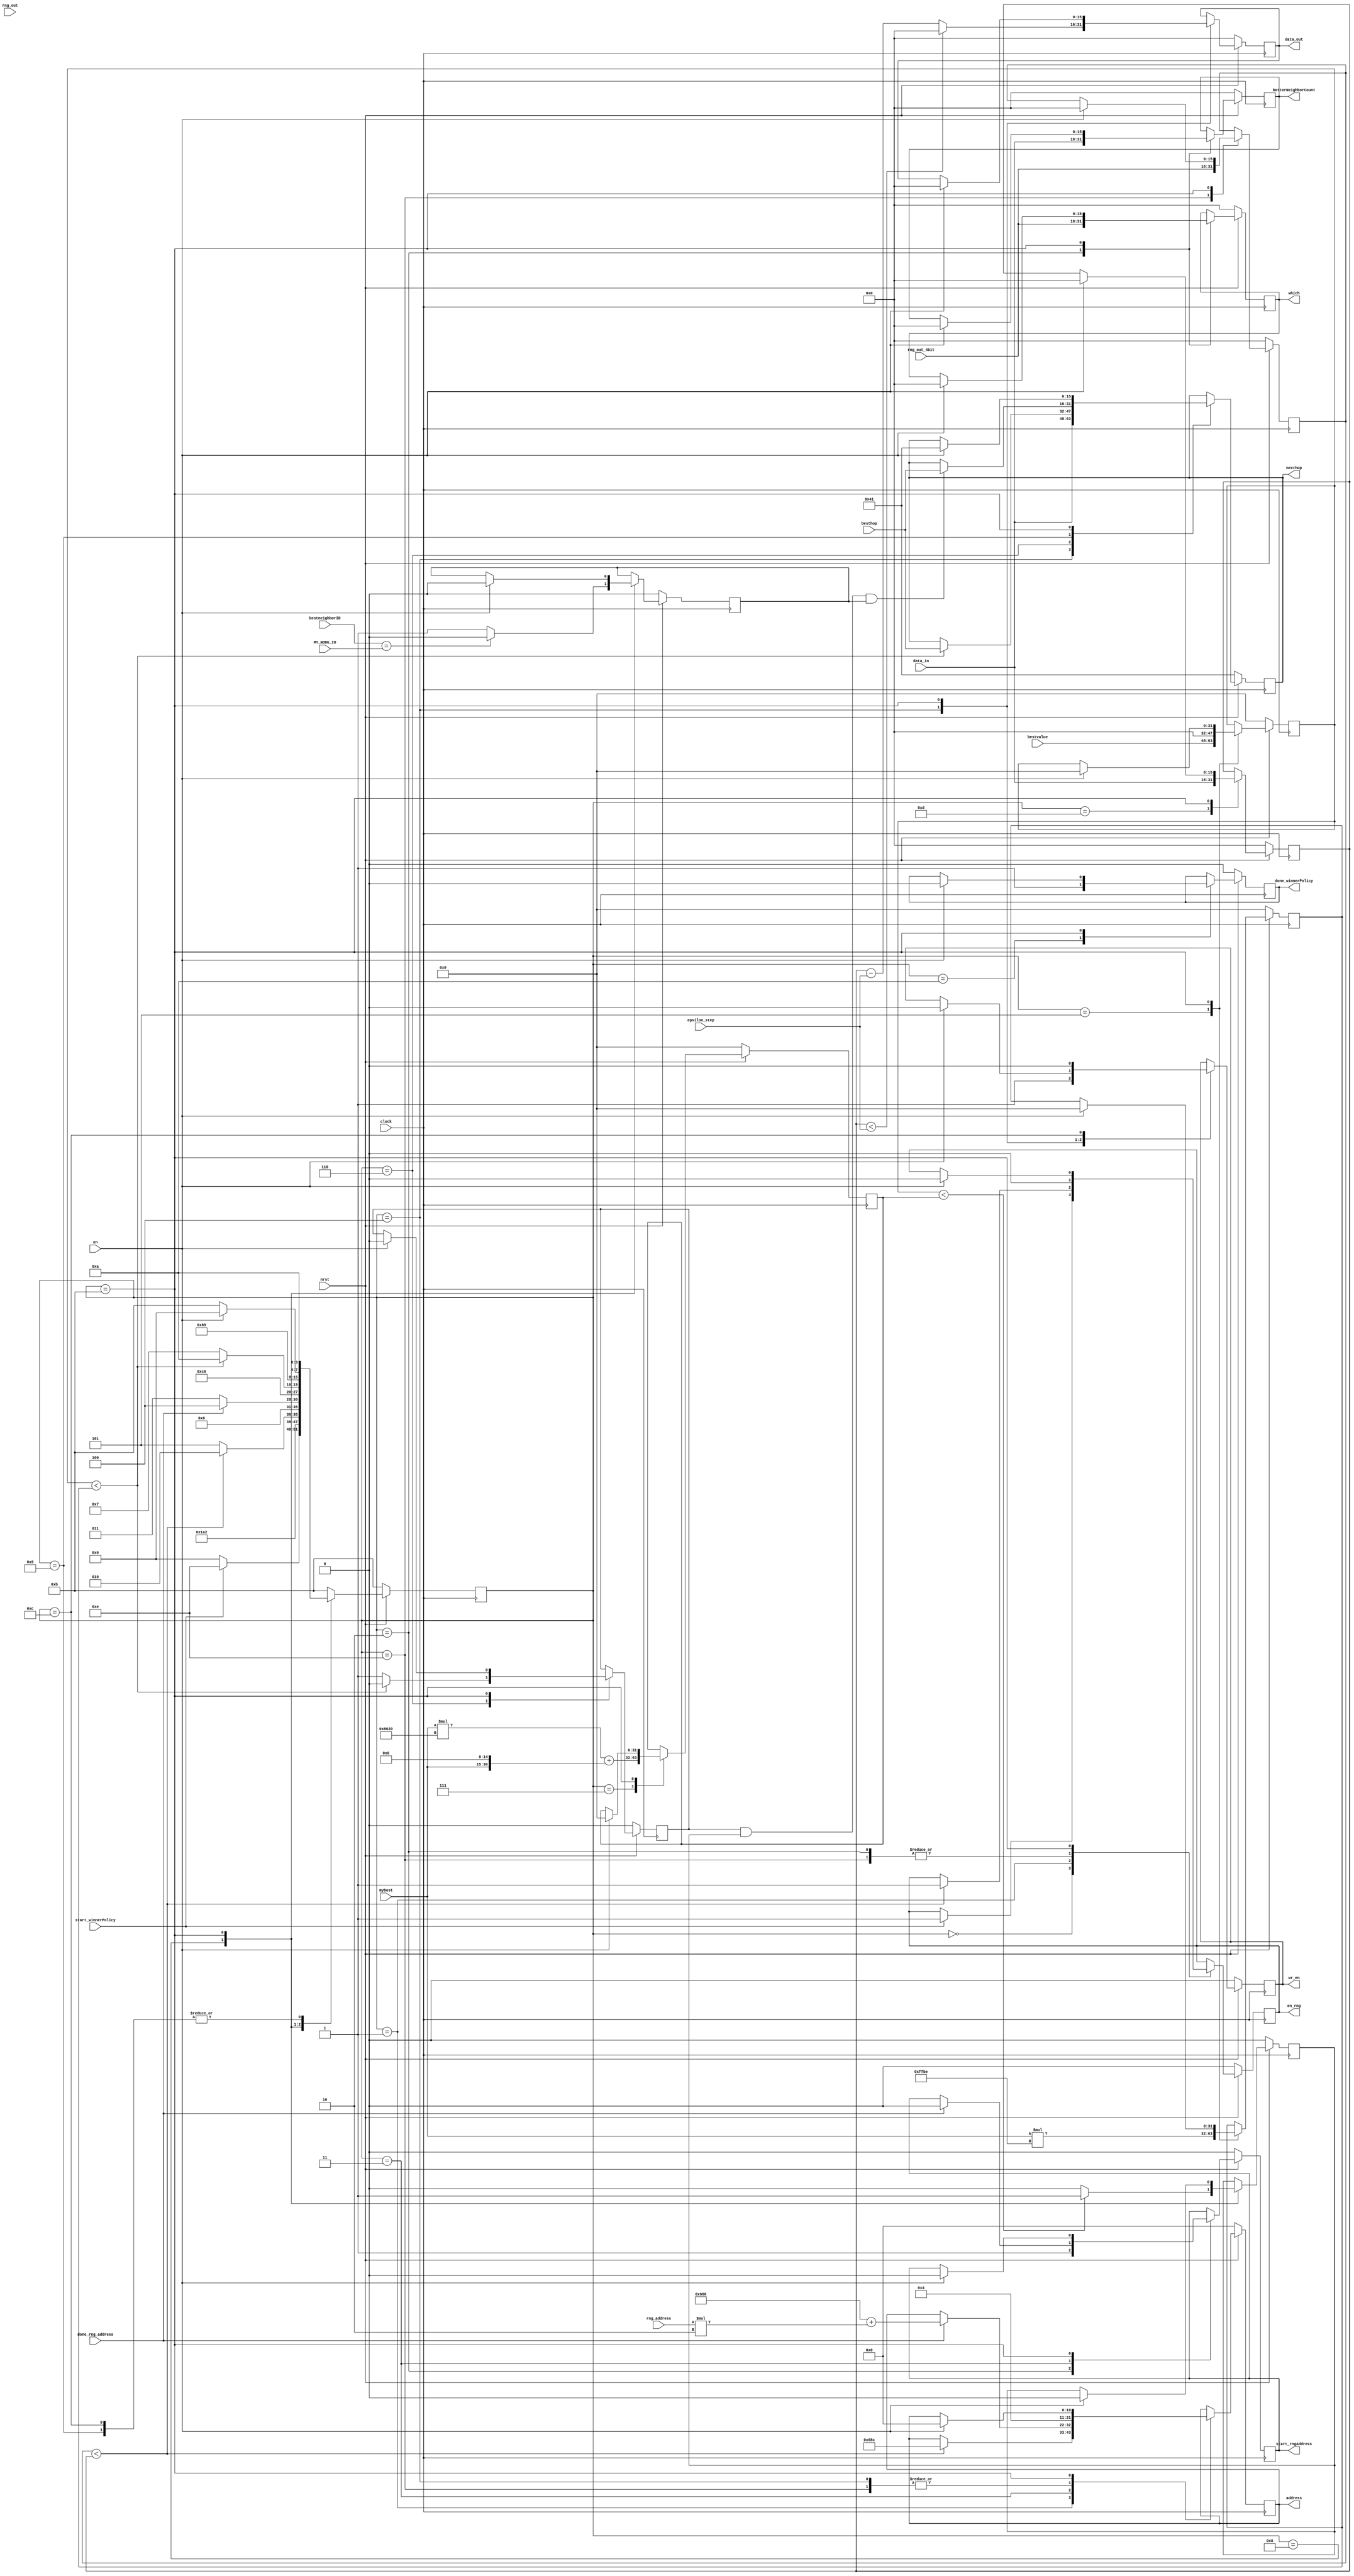
`timescale 1ns/1ps
`define WORD_WIDTH 16

module winnerPolicy(
	clock, 
	nrst, 
	en,
	start_winnerPolicy,
	mybest,
	besthop,
	bestvalue,
	bestneighborID,
	MY_NODE_ID,
	address,
	data_in,
	wr_en,
	data_out,
	epsilon_step,
	nexthop,
	done_winnerPolicy,
	en_rng,
	rng_out,
	rng_out_4bit,
	rng_address,
	start_rngAddress,
	done_rng_address,
	betterNeighborCount,
	which
);

	input clock, nrst, en, start_winnerPolicy, done_rng_address;
	input [`WORD_WIDTH-1:0] mybest, besthop, bestvalue, bestneighborID, MY_NODE_ID, data_in, epsilon_step, rng_out, rng_out_4bit, rng_address;
	output [10:0] address;
	output [`WORD_WIDTH-1:0] data_out, nexthop, betterNeighborCount, which;
	output wr_en, done_winnerPolicy, en_rng, start_rngAddress;

	// Registers
	reg [10:0] address_count;
	reg [`WORD_WIDTH-1:0] explore_constant, which_buf, epsilon_buf, nexthop_buf, data_out_buf; 
	reg [`WORD_WIDTH-1:0] betterNeighborCount_buf, rng_address_temp;
	reg wr_en_buf, done_winnerPolicy_buf, en_rng_buf, start_rngAddress_buf;
	reg one, two, three;
	//reg [15:0] nineninenine, onezerozeroone;
	reg [31:0] _right3, _right2, _left, _right;
	reg [31:0] mybest_shifted;

	reg [3:0] state;
	always @ (posedge clock) begin
		if (!nrst) begin
			state <= 11;	// Idle State
			wr_en_buf <= 0;
			en_rng_buf <= 0;
			done_winnerPolicy_buf <= 0;
			nexthop_buf <= 16'd65;     // 65 = -1 for the lack of representation on negative numbers
			start_rngAddress_buf <= 0;
			//nineninenine <= 16'b1111111110111110;   	// 0.999 in binary fraction ~ 0.998992919921875 0.16
			//onezerozeroone <= 16'b1000000000100000;    	// 0.001 in binary fraction ~ 0.001007080078125	1.15
			address_count <= 10'd0;
			betterNeighborCount_buf <= 16'd0;
			which_buf <= 0;
			explore_constant <= 16'd0;
			epsilon_buf <= 16'd0;
			data_out_buf <= 16'd0;
			rng_address_temp = 16'd0;
			one <= 0;
			two <= 0;
			three <= 0;
			_right3 = 32'd0;
			_right2 = 32'd0;
			_left = 32'd0;
			_right = 32'd0;
			mybest_shifted = 32'd0; 
		end
		else begin
			case (state)
				5'd0: begin
					if (start_winnerPolicy) begin
						state <= 14;
						en_rng_buf <= 1; // Generate RNG (explore_constant)
					end
					else state <= 0;
				end
				5'd14: begin
					explore_constant <= rng_out_4bit;
					en_rng_buf <= 0;
					address_count <= 11'h4; // epsilon address
					state <= 13;
				end
				5'd13: begin
					epsilon_buf <= data_in;
					state <= 1;
				end
				5'd1: begin
					if (explore_constant < epsilon_buf) begin
						state <= 2;
						en_rng_buf <= 1; // Generate RNG (which)
						address_count <= 11'h68C; // betterNeighborCount Address
					end
					else begin
						// nexthop is less than 0, or explore_constant is less than epsilon
						// Pick the best instead of exploring
						state <= 5;
					end
				end
				5'd2: begin
					en_rng_buf <= 0;
					which_buf <= rng_out_4bit;
					betterNeighborCount_buf <= data_in;
					
					// Compute for the address of betterNeighbor
					start_rngAddress_buf <= 1;
					state <= 3;
				end
				5'd3: begin
					if (done_rng_address) begin
						state <= 4;
						start_rngAddress_buf <= 0;
						rng_address_temp = rng_address;

						// address and index of betterNeighbor
						address_count <= 11'h668 + rng_address_temp*2;
					end
					else 
						state <= 3;
				end
				5'd4: begin
					nexthop_buf <= data_in;
					if (epsilon_buf < epsilon_step)
						data_out_buf <= 0;
					else
						data_out_buf <= epsilon_buf - epsilon_step;
					
					// Write epsilon value to memory
					$display("epsilon: %d", data_out_buf);
					address_count <= 11'h4;
					wr_en_buf <= 1;
					state <= 12;
				end
				5'd5: begin            
					/*
					 *  [15:0] bestvalue   - 11 bits whole, 5 bits fraction
					 *  [15:0] mybest      - 11 bits whole, 5 bits fraction
					 *  [15:0] nineninenine  - 16 bits fraction      16'b1111111110111110
					 *  _left, _right = 11 bits whole, 21 bits fraction
					 */
					_left = {bestvalue, 16'b0};
					_right = mybest * 16'b1111111110111110;
					state <= 6;
				end
				5'd6: begin
					// Malayong mas malaki ang mybest kaysa bestvalue 
					if (_left < _right) begin
						one <= 0;
						nexthop_buf <= besthop;

						// Done winnerPolicy
						state <= 10;
					end
					else begin
						one <= 1;
						state <= 7;
					end
				end
				5'd7: begin
					/*
					 *  [15:0] bestvalue   - 11 bits whole, 5 bits fraction
					 *  [15:0] mybest      - 11 bits whole, 5 bits fraction
					 *  [15:0] onezerozeroone - 1 bit whole, 15 bits fraction  16'b1000000000100000
					 *  _left, _right2 = 12 bits whole, 20 bits fraction
					 */
					_right2 = mybest * 16'b1000000000100000; // 12 bits whole, 20 bits fraction 
					mybest_shifted = {mybest, 15'b0};
					_right3 = _right2 + mybest_shifted;
					state <= 8;
				end
				5'd8: begin
					if (_left < _right3) 
						two <= 1;
					else
						two <= 0;

					if (bestneighborID == MY_NODE_ID)
						three <= 0;
					else
						three <= 1;

					state <= 9;
				end
				5'd9: begin
					if (one & two & three)
						nexthop_buf <= besthop;
					
					state <= 10;
				end
				5'd10: begin
					$display("nexthop, one, two, three: %d,%d,%d,%d", nexthop_buf, one, two, three);
					done_winnerPolicy_buf <= 1;
					state <= 11;
				end
				5'd11: begin
					if (en) begin
						state <= 0;	// Idle State
						wr_en_buf <= 0;
						en_rng_buf <= 0;
						done_winnerPolicy_buf <= 0;
						nexthop_buf <= 16'd65;     // 65 = -1 for the lack of representation on negative numbers
						start_rngAddress_buf <= 0;
						//nineninenine <= 16'b1111111110111110;   	// 0.999 in binary fraction ~ 0.998992919921875 0.16
						//onezerozeroone <= 16'b1000000000100000;    	// 0.001 in binary fraction ~ 0.001007080078125	1.15
						address_count <= 10'd0;
						betterNeighborCount_buf <= 16'd0;
						which_buf <= 0;
						explore_constant <= 16'd0;
						epsilon_buf <= 16'd0;
						data_out_buf <= 16'd0;
						rng_address_temp = 16'd0;
						one <= 0;
						two <= 0;
						three <= 0;
						_right3 = 32'd0;
						_right2 = 32'd0;
						_left = 32'd0;
						_right = 32'd0;
						mybest_shifted = 32'd0;
					end
					else state <= 11;
				end
				5'd12: begin
					wr_en_buf <= 0;
					state <= 10; // Done winnerPolicy
				end
				default
					state <= 11;                 
			endcase
		end
	end

	assign nexthop = nexthop_buf;
	assign data_out = data_out_buf;
	assign done_winnerPolicy = done_winnerPolicy_buf;
	assign address = address_count;
	assign start_rngAddress = start_rngAddress_buf;
	assign betterNeighborCount = betterNeighborCount_buf;
	assign which = which_buf;
	assign wr_en = wr_en_buf;
	assign en_rng = en_rng_buf;
endmodule